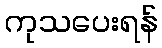
ကုသပေးရန်